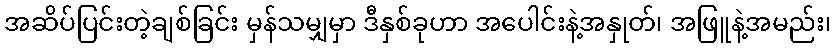
အဆိပ်ပြင်းတဲ့ချစ်ခြင်း မှန်သမျှမှာ ဒီနှစ်ခုဟာ အပေါင်းနဲ့အနှုတ်၊ အဖြူနဲ့အမည်း၊